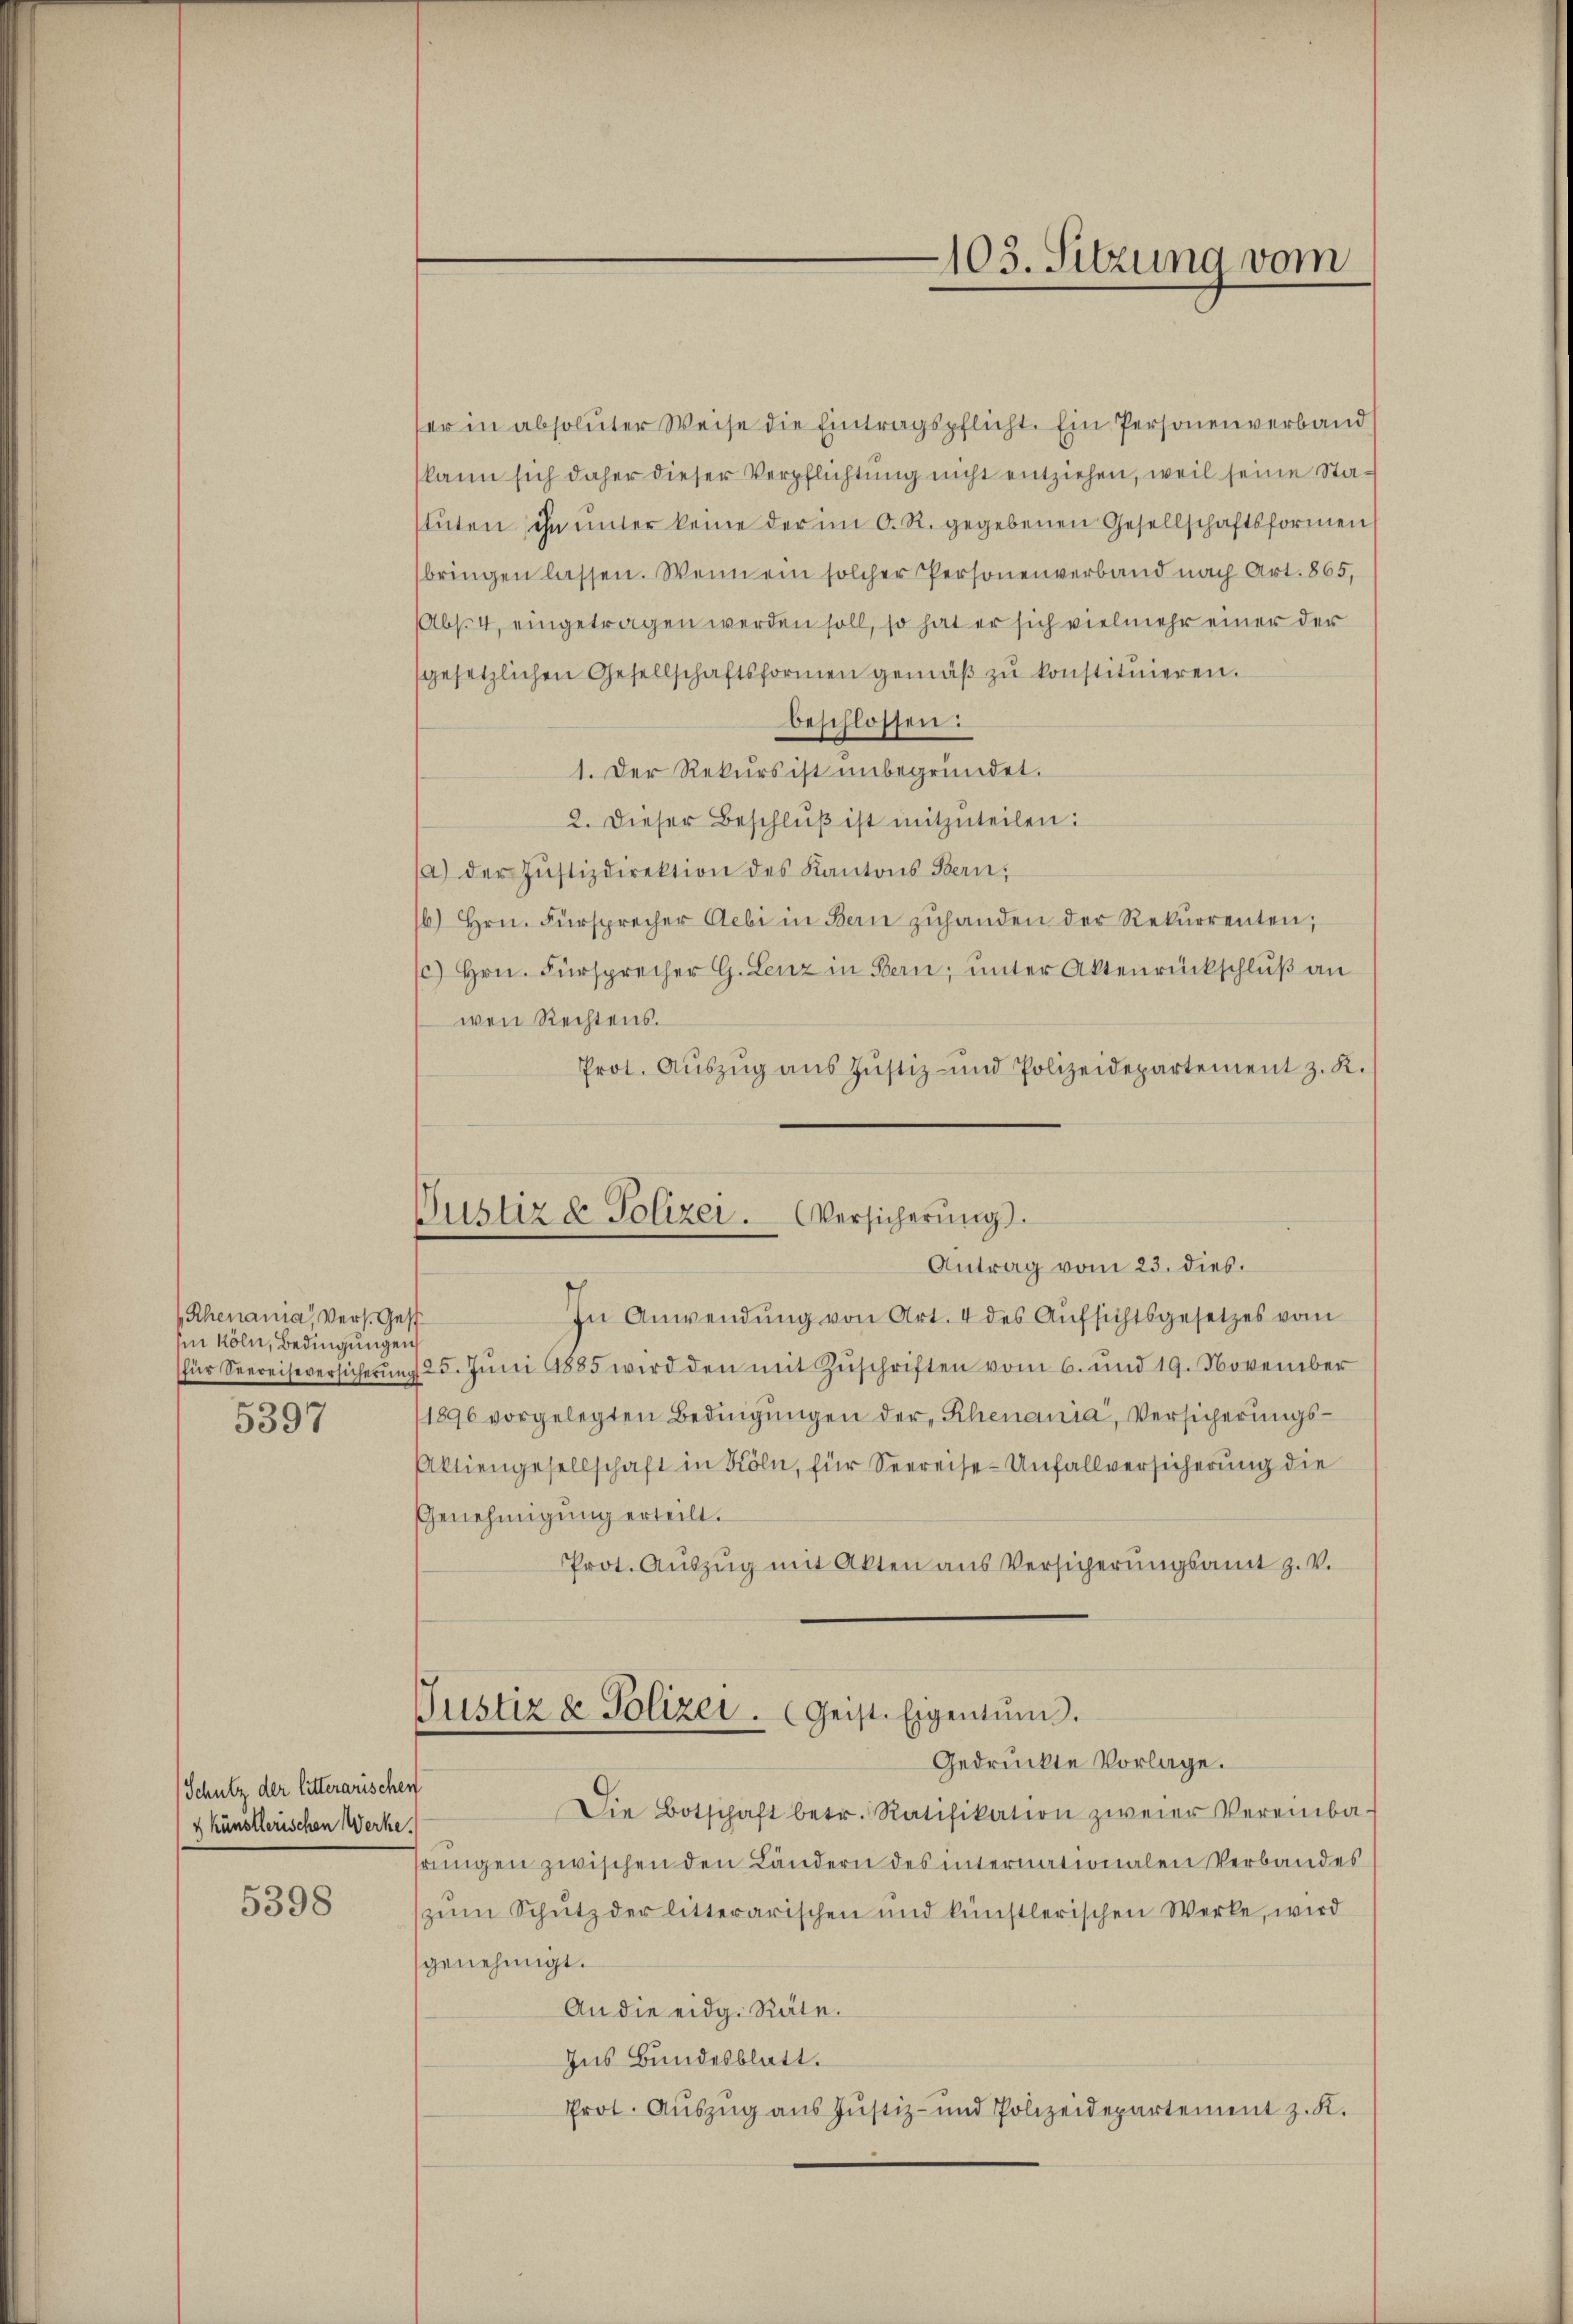
Rhenania, Vers. Gest
hin Köln, Bedingungen
5397

Schutz der litterarischen
künstlerischen Werke.

5398

er in absoluter Weise die Eintragspflicht. Ein Personenverband
kann sich daher dieser Verpflichtung nicht entziehen, weil seine Stastŭten ihn unter keine der im O. R. gegebenen Gesellschaftsformen
bringen lassen. Wenn ein solcher Personenverband nach Art. 865,
(Abs. 4, eingetragen werden soll, so hat er sich vielmehr einer der
gesetzlichen Gesellschaftsformen gemäβ zŭ konstituieren.
beschlossen:
1. Der Rekurs ist unbegründet.
2. Dieser Beschlŭβ ist mitzŭteilen:
(a) der Justizdirektion des Kantons Bern,
6) Hrn. Fürsprecher Aebi in Bern zuhanden der Rekurrenten,
c) Hrn. Fürsprecher G. Lenz in Bern, unter Aktenrückschluß an
wen Rechtens.
Prot. Aŭszŭg aŭs Jŭstiz- und Polizeidepartement z. K.
In Anwendung von Art. 4 des Aufsichtsgesetzes vom
für Seereiseversicherŭng 25. Jŭni 1885 wird den mit Zŭschriften vom 6. und 19. November
1896 vorgelegten Bedingŭngen der Rhenania, Versicherungs¬
Aktiengesellschaft in Köln, für Seereise-Unfallversicherung die
Genehmigung erteilt.
Prot. Aŭszŭg mit Akten aus Versicherŭngsamt z. v.
Justiz & Polizei. Geist. Eigentum.
Gedruckte Vorlage.
Die Botschaft betr. Ratifikation zweier Vereinba-
rungen zwischen den Ländern des internationalen Verbandes
zŭm Schutz der litterarischen und künstlerischen Werke, wird
genehmigt.
An die eidg. Räte.
Ins Bundesblatt.
Prot. Auszug aus Justiz- und Polizeidepartement z. K.

103. Sitzung vom

Justiz & Polizei. Versicherung.
Antrag vom 23. dies.